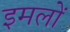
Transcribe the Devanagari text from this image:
इमलों